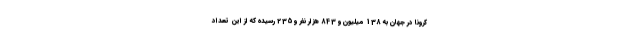
کرونا در جهان به 138 میلیون و 843 هزار نفر و 235 رسیده که از این تعداد